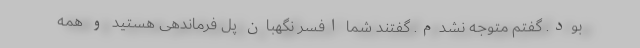
بود. گفتم متوجه نشدم. گفتند شما افسر نگهبان پل فرماندهی هستید و همه